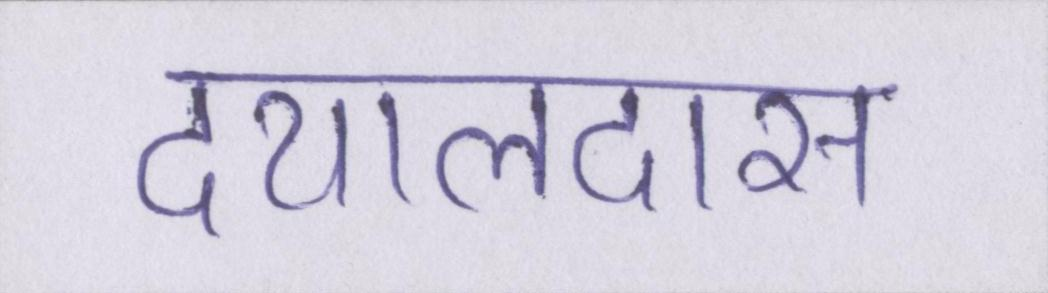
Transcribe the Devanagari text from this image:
दयालदास